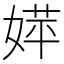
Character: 𡞴